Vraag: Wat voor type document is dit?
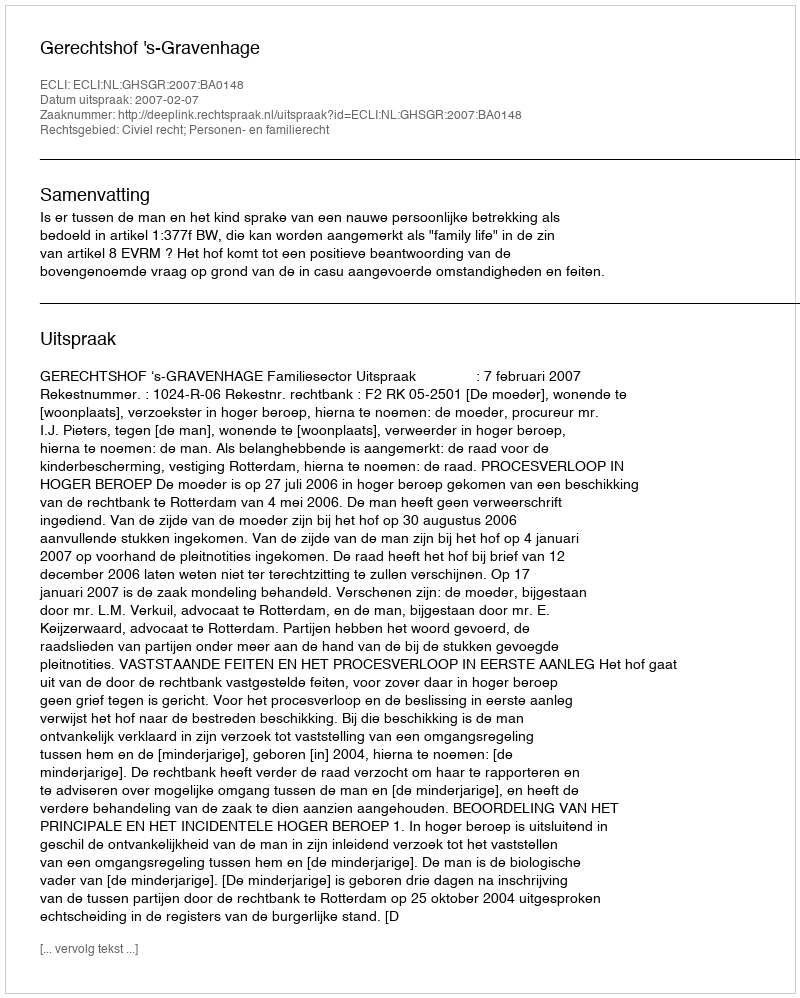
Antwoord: Uitspraak